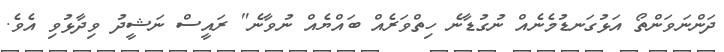
ދަންނަވަންތޯ އަޅުގަނޑުމެނެއް ނުގުޑާނެ ހިތްވަރެއް ބައްޔެއް ނުވާނެ" ރައީސް ނަޝީދު ވިދާޅުވި އެވެ.